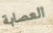
العصابة